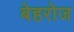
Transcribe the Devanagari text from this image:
बेहरोज